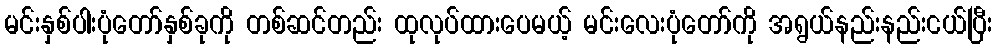
မင်းနှစ်ပါးပုံတော်နှစ်ခုကို တစ်ဆင်တည်း ထုလုပ်ထားပေမယ့် မင်းလေးပုံတော်ကို အရွယ်နည်းနည်းငယ်ပြီး